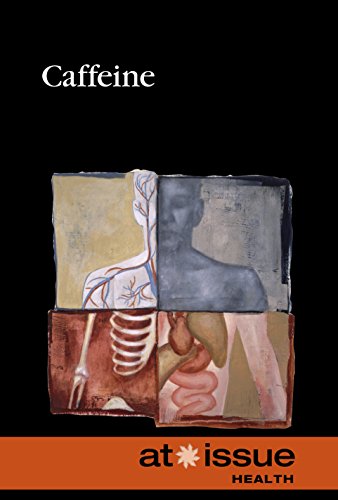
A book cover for Caffeine (At Issue); Greenhaven Press; Health, Fitness & Dieting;